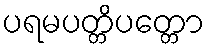
ပရမပတ္တိပတ္တော